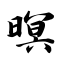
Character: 暝